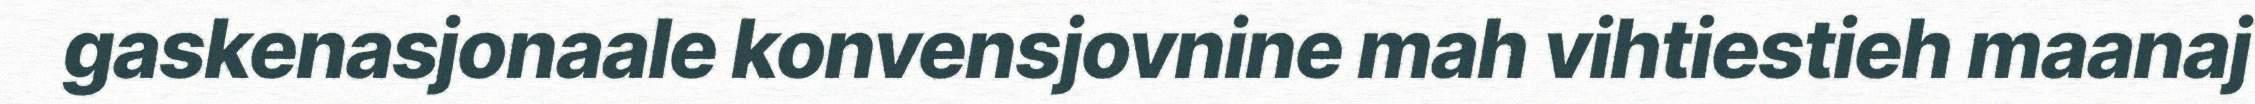
gaskenasjonaale konvensjovnine mah vihtiestieh maanaj